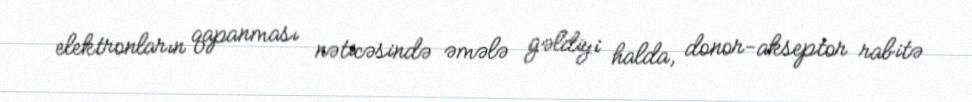
elektronların qapanması nəticəsində əmələ gəldiyi halda, donor-akseptor rabitə